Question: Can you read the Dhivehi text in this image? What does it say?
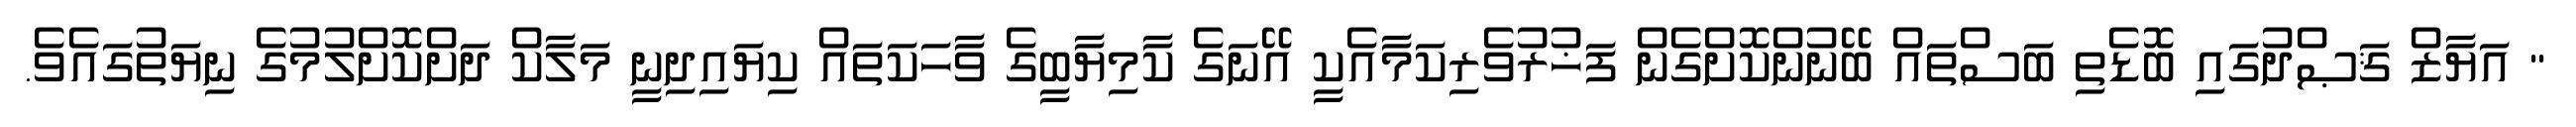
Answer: " އަޔާޒް ޤަޞްދުގައި ބޮޑެތި ބަސްތައް ބޭނުންކޮށްގެން ފަޚުރުވެރިކަމާއެކީ އޭނަގެ ކާމިޔާބީގެ ވާހަކަތައް ކިޔައިދިނީ މަލާކް ދަށްކޮށްލުމުގެ ނިޔަތުގައެވެ.